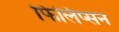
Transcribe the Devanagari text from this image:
फिलिप्सन